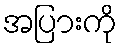
အပြားကို